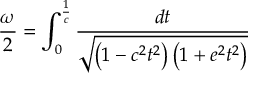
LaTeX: { \frac { \omega } { 2 } } = \int _ { 0 } ^ { \frac { 1 } { c } } { \frac { d t } { \sqrt { \left( 1 - c ^ { 2 } t ^ { 2 } \right) \left( 1 + e ^ { 2 } t ^ { 2 } \right) } } }